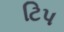
ટિપ